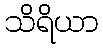
သိရိယာ